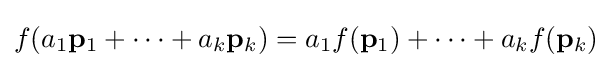
f(a_{1}\mathbf {p} _{1}+\cdots +a_{k}\mathbf {p} _{k})=a_{1}f(\mathbf {p} _{1})+\cdots +a_{k}f(\mathbf {p} _{k})